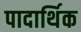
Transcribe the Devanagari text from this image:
पादार्थिक